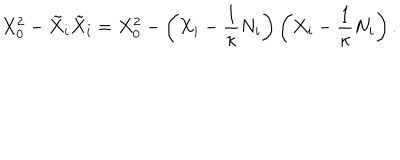
X _ { 0 } ^ { 2 } - \tilde { X } _ { i } \tilde { X } _ { i } = X _ { 0 } ^ { 2 } - \left( X _ { i } - \frac 1 \kappa N _ { i } \right) \left( X _ { i } - \frac 1 \kappa N _ { i } \right) .